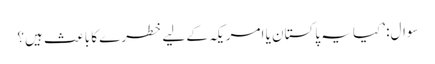
سوال: ’کیا یہ پاکستان یا امریکہ کے لیے خطرے کا باعث ہیں؟